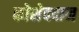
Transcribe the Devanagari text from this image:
कोशेददान